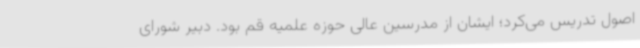
اصول تدریس می‌کرد؛ ایشان از مدرسین عالی حوزه علمیه قم بود. دبیر شورای